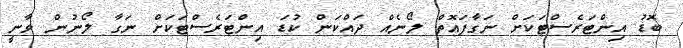
ބޮޑު އިންޓަރެސްޓަކަށް ނަގާފައޮތް ލޯނެއް ދައްކަން ކުޑަ އިންޓަރެސްޓަކަށް ނަގާ ލޯނުން ވާނީ